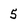
Character: 5